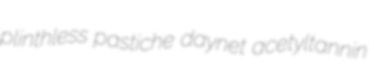
plinthless pastiche daynet acetyltannin